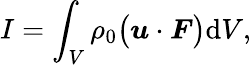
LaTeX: I=\int_{V}\rho_{0}\big(\boldsymbol{u}\cdot\boldsymbol{F}\big)\mathrm{d}V,